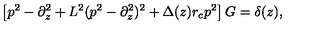
\left[ p ^ { 2 } - \partial _ { z } ^ { 2 } + L ^ { 2 } ( p ^ { 2 } - \partial _ { z } ^ { 2 } ) ^ { 2 } + \Delta ( z ) r _ { c } p ^ { 2 } \right] G = \delta ( z ) ,